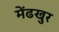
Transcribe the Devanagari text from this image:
मेंढखुर